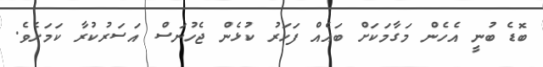
ބޮޑެ ބުނީ އެހެން މަގާމަކަށް ބައެއް ފަހަރު ކުޅެން ޖެހުނަސް އަސަރުކުރާ ކަމަށެވެ.